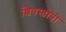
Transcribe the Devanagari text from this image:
शिवस्तोत्रों